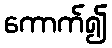
ကောက်၍